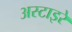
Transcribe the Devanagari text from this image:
अस्टाइरे